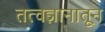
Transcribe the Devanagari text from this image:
तत्वज्ञानातून